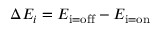
\Delta E _ { i } = E _ { \mathrm { i = o f f } } - E _ { \mathrm { i = o n } }